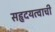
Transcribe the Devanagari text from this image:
सहृदयत्वाची